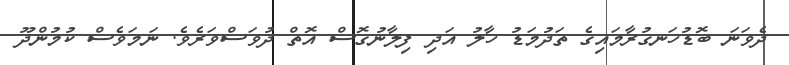
ދެވަނަ ބޮޑުހަނގުރާމައިގެ ތަދުމަޑު ހާލު އަދި ފިލާނުގޮސް އޮތް ދުވަސްވަރެވެ. ނަމަވެސް ކުމުންދޫ